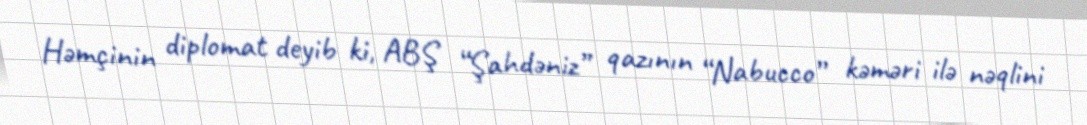
Həmçinin diplomat deyib ki, ABŞ “Şahdəniz” qazının “Nabucco” kəməri ilə nəqlini